Indian journal of veterinary science and animal husbandry - Volume 7,
Year: 1937
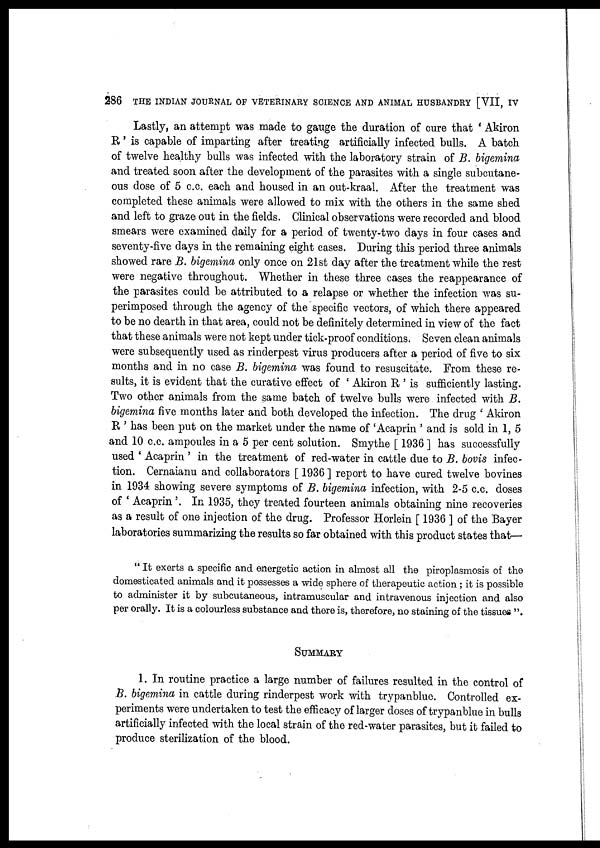
286 THE INDIAN JOURNAL OF VETERINARY SCIENCE AND ANIMAL HUSBANDRY [VII, IV
Lastly, an attempt was made to gauge the duration of cure that ' Akiron
R' is capable of imparting after treating artificially infected bulls. A batch
of twelve healthy bulls was infected with the laboratory strain of B. bigemina
and treated soon after the development of the parasites with a single subcutane-
ous dose of 5 c.c. each and housed in an out-kraal. After the treatment was
completed these animals were allowed to mix with the others in the same shed
and left to graze out in the fields. Clinical observations were recorded and blood
smears were examined daily for a period of twenty-two days in four cases and
seventy-five days in the remaining eight cases. During this period three animals
showed rare B. bigemina only once on 21st day after the treatment while the rest
were negative throughout. Whether in these three cases the reappearance of
the parasites could be attributed to a relapse or whether the infection was su-
perimposed through the agency of the specific vectors, of which there appeared
to be no dearth in that area, could not be definitely determined in view of the fact
that these animals were not kept under tick-proof conditions. Seven clean animals
were subsequently used as rinderpest virus producers after a period of five to six
months and in no case B. bigemina was found to resuscitate. From these re-
sults, it is evident that the curative effect of ' Akiron R ' is sufficiently lasting.
Two other animals from the same batch of twelve bulls were infected with B.
bigemina five months later and both developed the infection. The drug ' Akiron
R ' has been put on the market under the name of 'Acaprin ' and is sold in 1, 5
and 10 c.c. ampoules in a 5 per cent solution. Smythe [ 1936 ] has successfully
used ' Acaprin ' in the treatment of red-water in cattle due to B. bovis infec-
tion. Cernaianu and collaborators [ 1936 ] report to have cured twelve bovines
in 1934 showing severe symptoms of B. bigemina infection, with 2-5 c.c. doses
of ' Acaprin '. In 1935, they treated fourteen animals obtaining nine recoveries
as a result of one injection of the drug. Professor Horlein [ 1936 ] of the Bayer
laboratories summarizing the results so far obtained with this product states that—
" It exerts a specific and energetic action in almost all the piroplasmosis of the
domesticated animals and it possesses a wide sphere of therapeutic action; it is possible
to administer it by subcutaneous, intramuscular and intravenous injection and also
per orally. It is a colourless substance and there is, therefore, no staining of the tissues ".
SUMMARY
1. In routine practice a large number of failures resulted in the control of
B. bigemina in cattle during rinderpest work with trypanblue. Controlled ex-
periments were undertaken to test the efficacy of larger doses of trypanblue in bulls
artificially infected with the local strain of the red-water parasites, but it failed to
produce sterilization of the blood.